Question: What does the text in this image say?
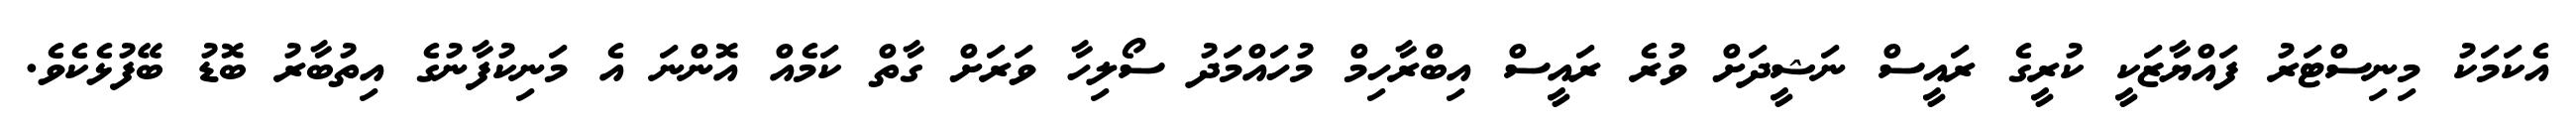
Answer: އެކަމަކު މިނިސްޓަރު ފައްޔާޒަކީ ކުރީގެ ރައީސް ނަޝީދަށް ވުރެ ރައީސް އިބްރާހިމް މުހައްމަދު ސޯލިހާ ވަރަށް ގާތް ކަމެއް އޮންނަ އެ މަނިކުފާނުގެ އިތުބާރު ބޮޑު ބޭފުޅެކެވެ.